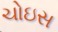
ચોઇસ